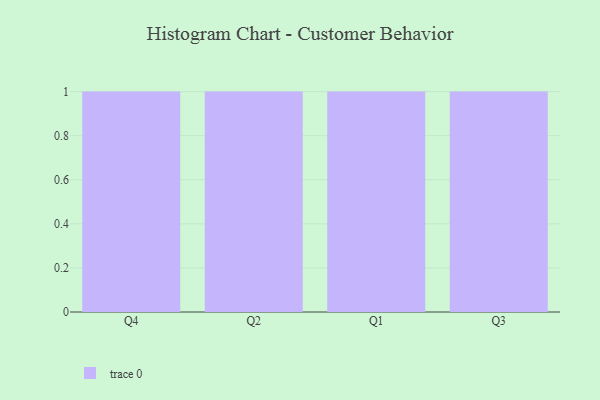
{"axis": {"x": "Quarter", "y": "Conversion Rate (%)"}, "legend": [""], "data": [{"x": "Q4", "y": 86, "type": ""}, {"x": "Q2", "y": 35, "type": ""}, {"x": "Q1", "y": 93, "type": ""}, {"x": "Q3", "y": 80, "type": ""}]}